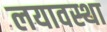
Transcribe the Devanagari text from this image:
लयावस्था